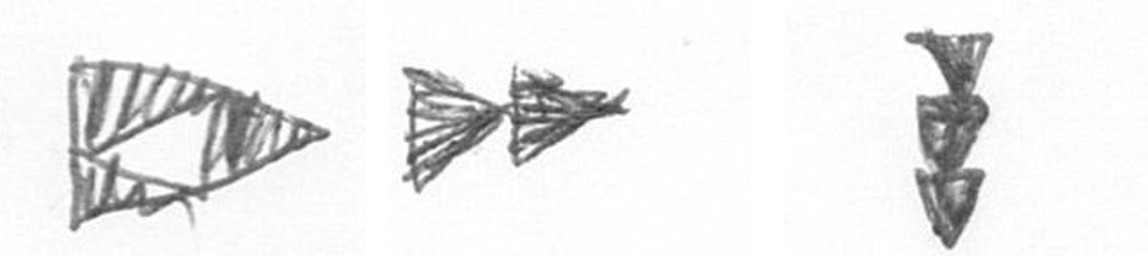
K A E